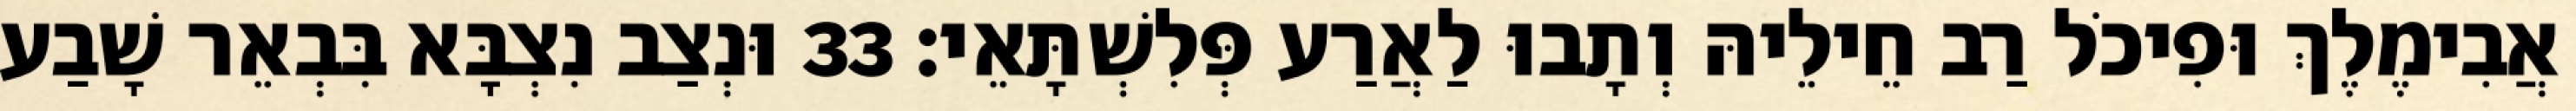
אֲבִימֶלֶךְ וּפִיכֹל רַב חֵילֵיהּ וְתָבוּ לַאֲרַע פְּלִשְׁתָּאֵי׃ 33 וּנְצַב נִצְבָּא בִּבְאֵר שָׁבַע